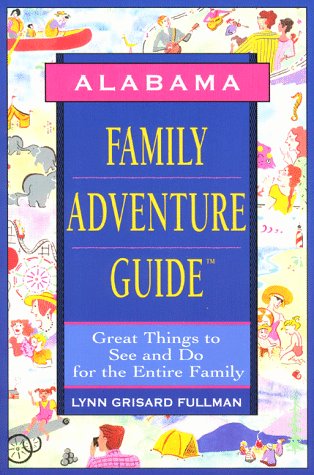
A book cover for Alabama Family Adventure Guide; Lynn Grisard Fullman; Travel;